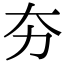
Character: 夯